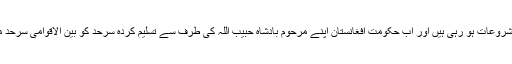
گویا اب نئی شروعات ہو رہی ہیں اور اب حکومت افغانستان اپنے مرحوم بادشاہ حبیب اللہ کی طرف سے تسلیم کردہ سرحد کو بین الاقوامی سرحد مان رہی ہے۔